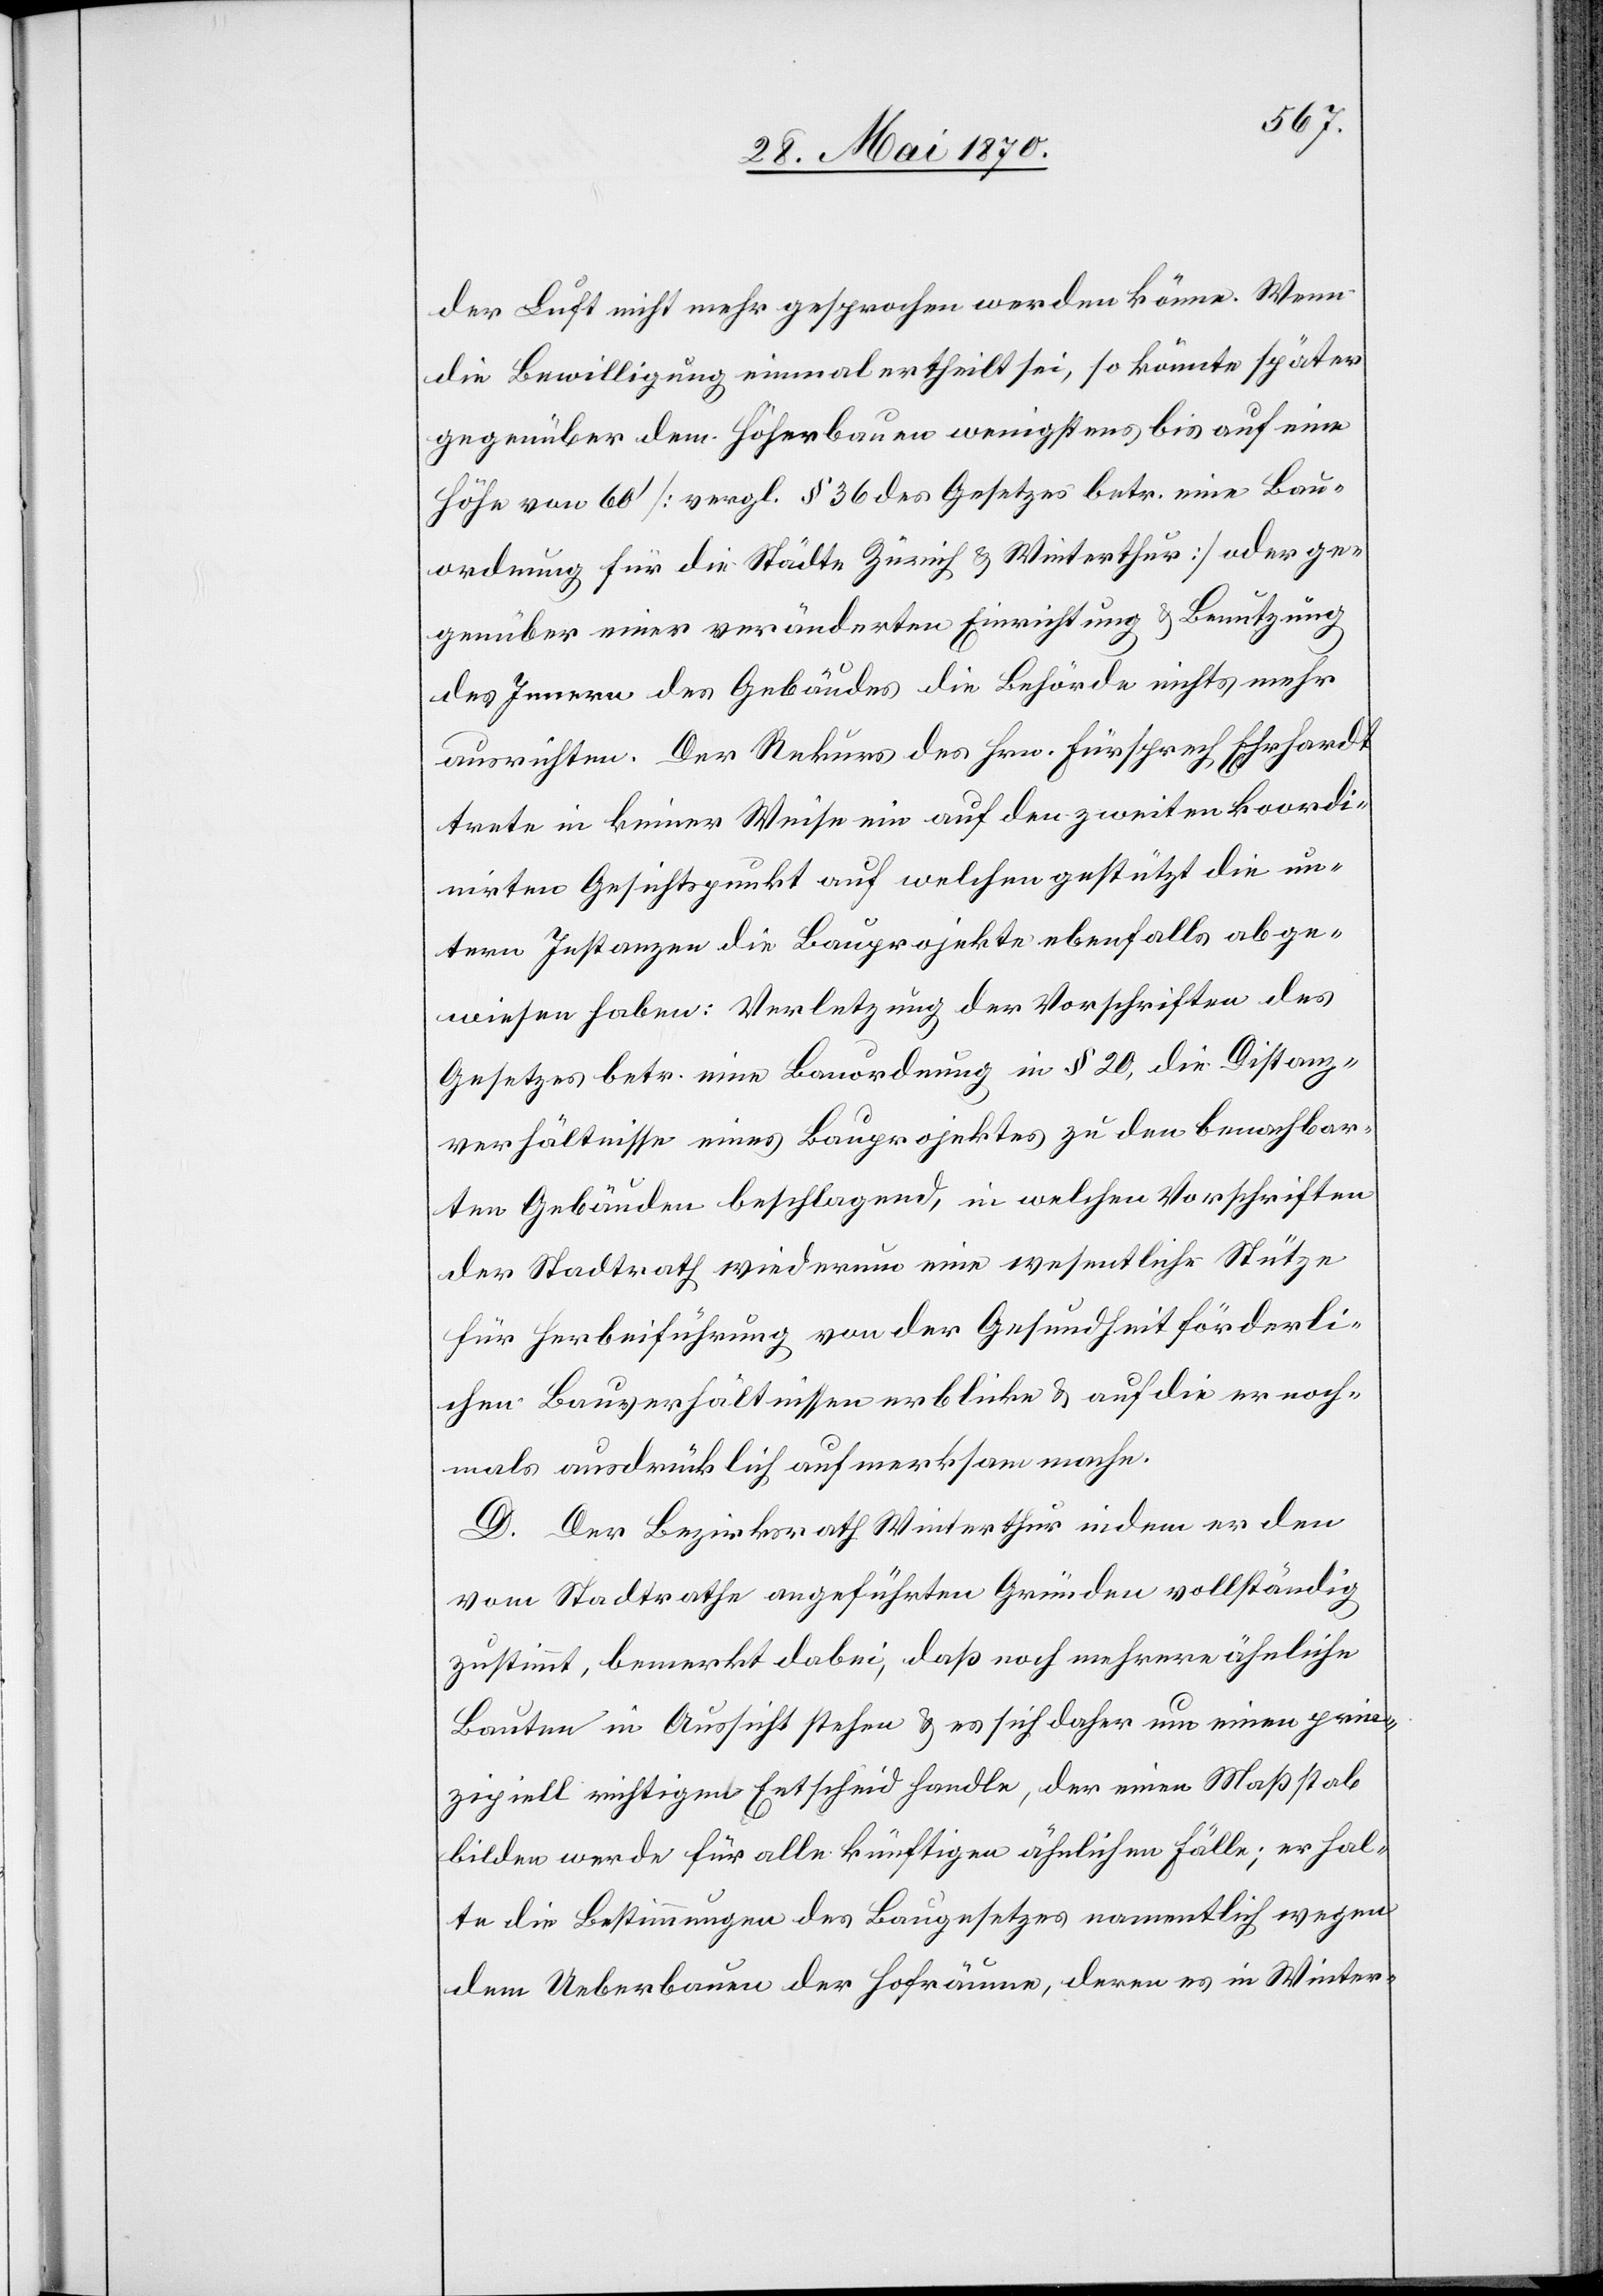
der Luft nicht mehr gesprochen werden könne. Wenn
die Bewilligung einmal ertheilt sei, so könnte später
gegenüber dem Höherbauen wenigstens bis auf eine
Höhe von 60‘ [vergl. § 36 des Gesetzes betr. eine Bau¬
ordnung für die Städte Zürich & Winterthur] oder ge¬
genüber einer veränderten Einrichtung & Benutzung
des Innern des Gebäudes die Behörde nichts mehr
ausrichten. Der Rekurs des Hrn. Fürsprech Ehrhardt
trete in keiner Weise ein auf den zweiten koordi¬
nirten Gesichtspunkt auf welchen gestützt die un¬
tern Instanzen die Bauprojekte ebenfalls abge¬
wiesen haben: Verletzung der Vorschriften des
Gesetzes betr. eine Bauordnung in § 20, die Distanz¬
verhältnisse eines Bauprojektes zu den benachbar¬
ten Gebäuden beschlagend, in welchen Vorschriften
der Stadtrath wiederum eine wesentliche Stütze
für Herbeiführung von der Gesundheit förderli¬
chen Bauverhältnissen erblicke & auf die er noch¬
mals ausdrücklich aufmerksam mache.
D. Der Bezirksrath Winterthur indem er den
vom Stadtrathe angeführten Gründen vollständig
zustimmt, bemerkt dabei, daß noch mehrere ähnliche
Bauten in Aussicht stehen & es sich daher um einen prin¬
zipiell richtigen Entscheid handle, der einen Maßstab
bilden werde für alle künftigen ähnlichen Fälle; er hal¬
te die Bestimmungen des Baugesetzes namentlich wegen
dem Ueberbauen der Hofräume, deren es in Winter-